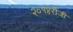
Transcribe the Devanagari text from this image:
२०१४रोजी